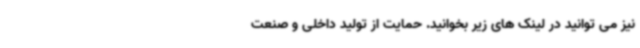
نیز می توانید در لینک های زیر بخوانید. حمایت از تولید داخلی و صنعت